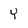
Character: Y